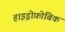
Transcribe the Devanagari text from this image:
हाइड्रोफ़ोबिक